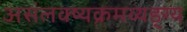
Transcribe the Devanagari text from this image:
असंलक्ष्यक्रमव्यङ्ग्य